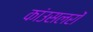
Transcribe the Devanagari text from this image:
कांउसलरों